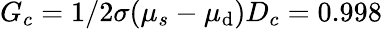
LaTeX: G_{c}=1/2\sigma(\mu_{s}-\mu_{\mathrm{d}})D_{c}=0.998